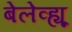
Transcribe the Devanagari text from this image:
बेलेव्ह्यू